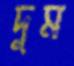
দুম